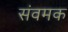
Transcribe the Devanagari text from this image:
संवमक